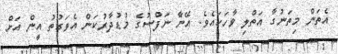
އެތަން މިތަނުގާ އަތްލި ވާހަކައެވެ. އޭނާެ ނަފްސުގެ މުޑުދާރުކަން އެވަގުތު އީން އަށް